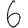
Digit: 6